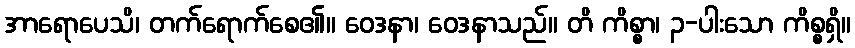
အာရောပေသိ၊ တက်ရောက်စေ၏။ ဝေဒနာ၊ ဝေဒနာသည်။ တိ ကိစ္စာ၊ ၃-ပါးသော ကိစ္စရှိ။